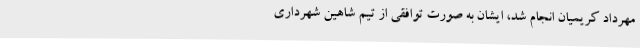
مهرداد کریمیان انجام شد، ایشان به صورت توافقی از تیم شاهین شهرداری